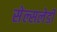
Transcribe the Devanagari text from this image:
सेल्सलेडी